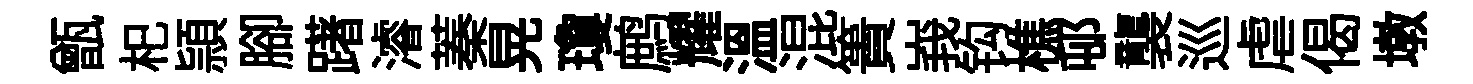
甑𣏌頴腳躇濬蓁晃瓊鹧耀溫混簣峩钩樵邨襲巡虐偈墩